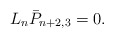
\begin{align*} L_n\bar{P}_{n+2,3}=0.\end{align*}